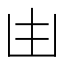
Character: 𠙹